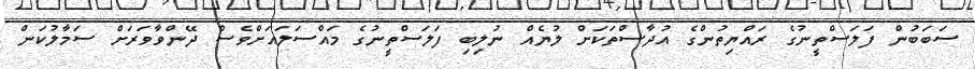
ސަބަބުން ފަލަސްތީނުގެ ރައްޔިތުންގެ އުދާސްތަކަށް ލުޔެއް ނުލިބި ފަލަސްތީނުގެ މައްސަލައަށްވެސް ދޭންވާވަރަށް ސަމާލުކަން